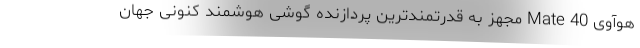
هوآوی Mate 40 مجهز به قدرتمندترین پردازنده گوشی هوشمند کنونی جهان